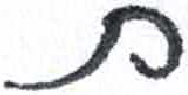
אות: ת